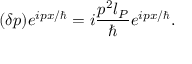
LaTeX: ( \delta p ) e ^ { i p x / \hbar } = i \frac { p ^ { 2 } l _ { P } } { \hbar } e ^ { i p x / \hbar } .